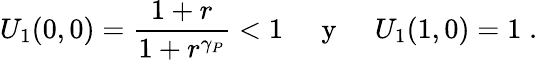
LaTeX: U_{1}(0,0)=\frac{1+r}{1+r^{\gamma_{P}}}<1\; \; \; \; {\mathrm{~y~}}\; \; \; \; U_{1}(1,0)=1\; .